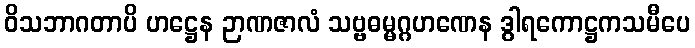
ဝိသဘာဂတာပိ ဟဋ္ဌေန ဉာဏဇာလံ သဗ္ဗဓမ္မဂ္ဂဟဏေန ဒွါရကောဋ္ဌကသမီပေ